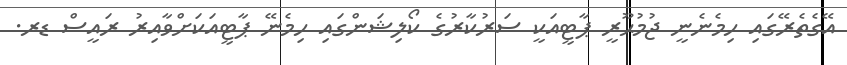
އޭގެތެރޭގައި ހިމެނެނީ ޖުމުޙޫރީ ޕާޓީއަކީ ސަރުކާރުގެ ކޯލިޝަންގައި ހިމެނޭ ޕާޓީއަކަށްވާއިރު ރައީސް ޑރ.